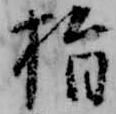
指